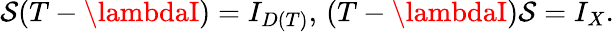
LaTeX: \mathcal{S}(T-\lambdaI)=I_{D(T)},\, (T-\lambdaI)\mathcal{S}=I_{X}.